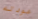
عودته